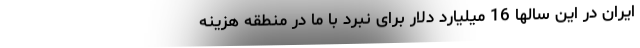
ایران در این سالها 16 میلیارد دلار برای نبرد با ما در منطقه هزینه